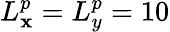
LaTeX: L_{\mathbf{x}}^{p}=L_{y}^{p}=10